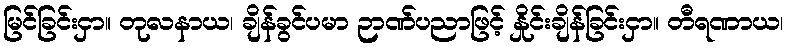
မြင်ခြင်းငှာ။ တုလနာယ၊ ချိန်ခွင်ပမာ ဉာဏ်ပညာဖြင့် နှိုင်းချိန်ခြင်းငှာ။ တီရဏာယ၊